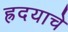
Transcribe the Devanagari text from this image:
ह्रदयाचे